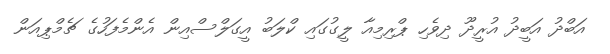
އަބްދު އަބީދު އުރީދޫ ދިވެހި ޕްރިމިއާ ލީގުގައި ކްލަބު އީގަލްސްއިން އެންމެފަހުގެ ޗެމްޕިއަން